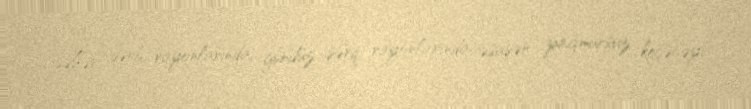
səhər qərb rayonlarında, gündüz şərq rayonlarında əsasən yağmursuz keçəcəyi